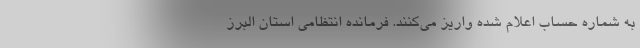
به شماره‌ حساب اعلام شده واریز می‌کنند. فرمانده انتظامی استان البرز